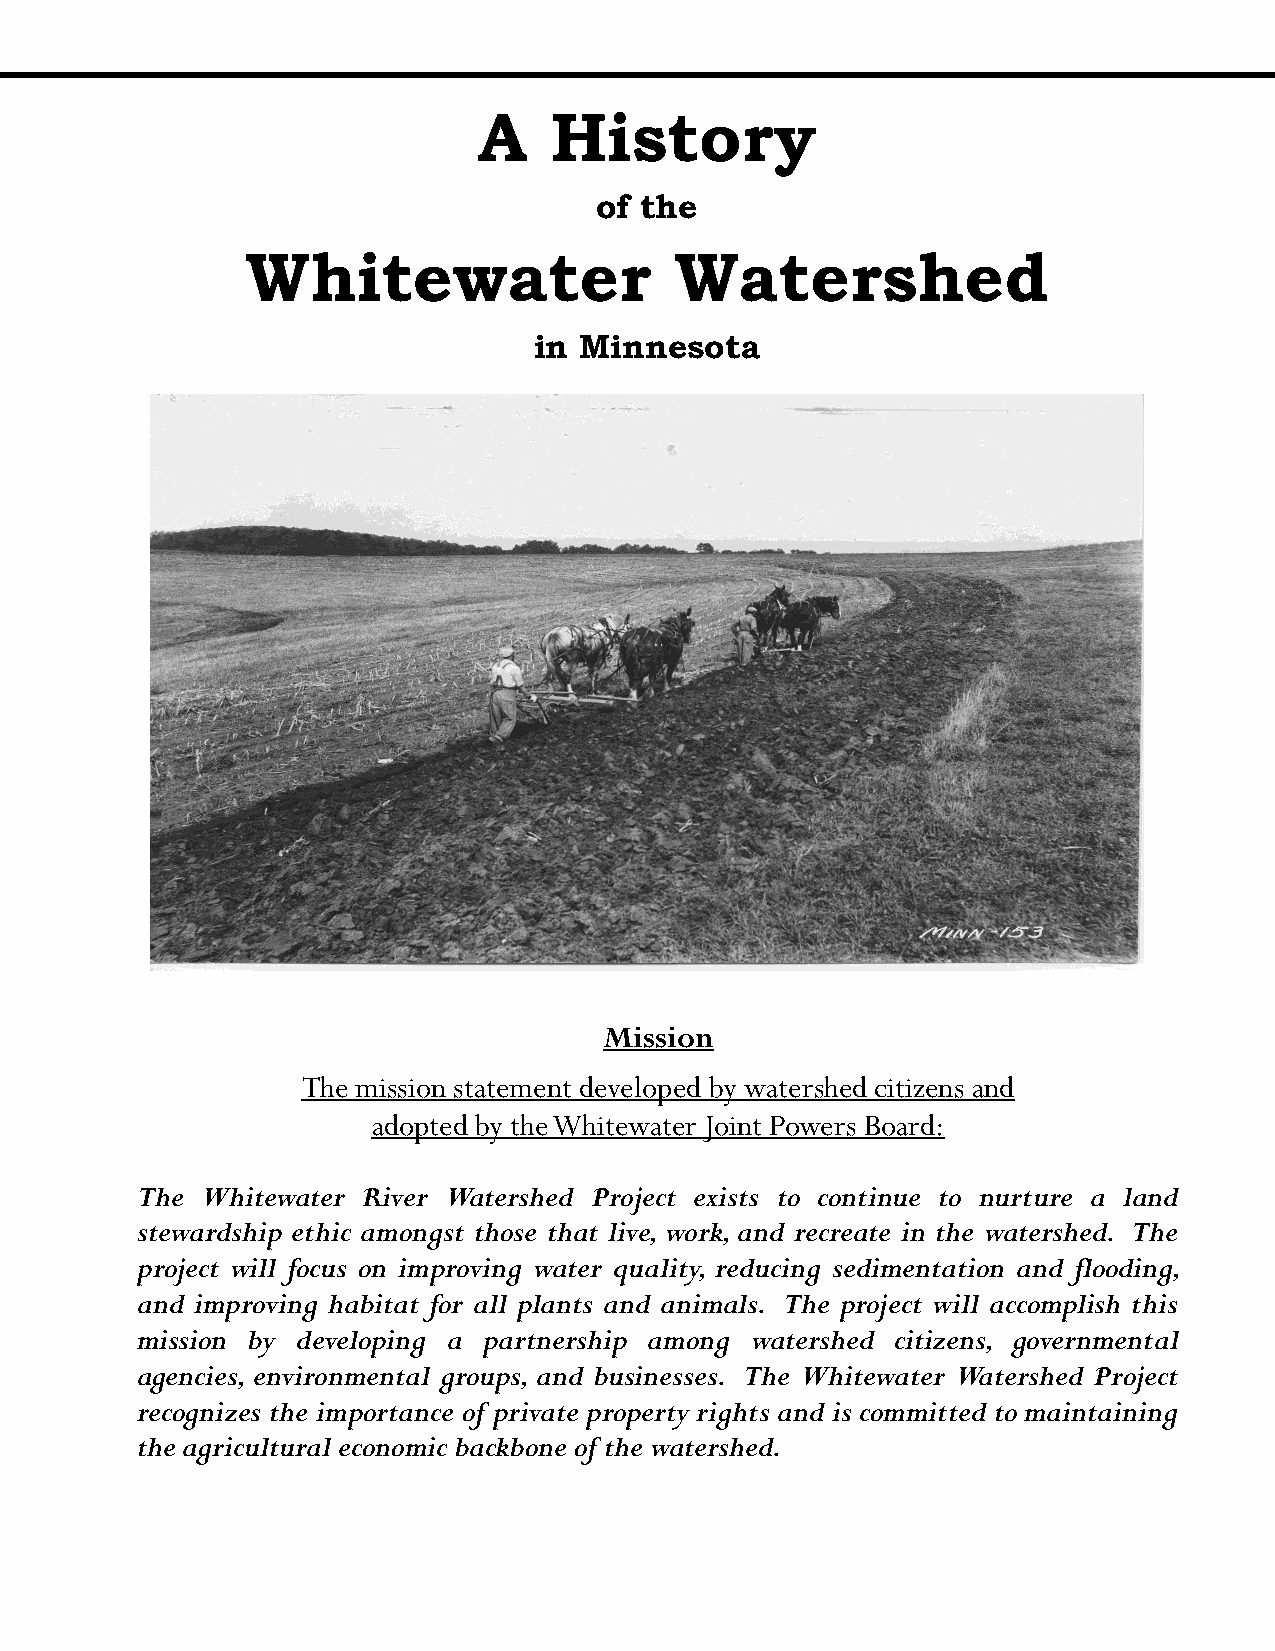
A   History
 of the
 Whitewater                   Watershed
 in Minnesota
 Mission
 The mission statement developed by watershed citizens and
 adopted by the Whitewater Joint Powers Board:
 The Whitewater River Watershed Project exists to continue to nurture a land
 stewardship ethic amongst those that live, work, and recreate in the watershed. The
 project will focus on improving water quality, reducing sedimentation and flooding,
 and improving habitat for all plants and animals. The project will accomplish this
 mission by developing a partnership among watershed citizens, governmental
 agencies, environmental groups, and businesses. The Whitewater Watershed Project
 recognizes the importance of private property rights and is committed to maintaining
 the agricultural economic backbone of the watershed.